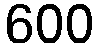
600